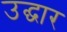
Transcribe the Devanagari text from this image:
उद्घार